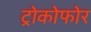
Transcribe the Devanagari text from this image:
ट्रोकोफोर